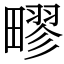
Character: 疁